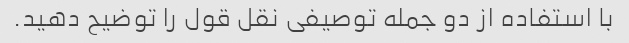
با استفاده از دو جمله توصیفی نقل قول را توضیح دهید.